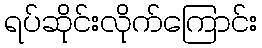
ရပ်ဆိုင်းလိုက်ကြောင်း